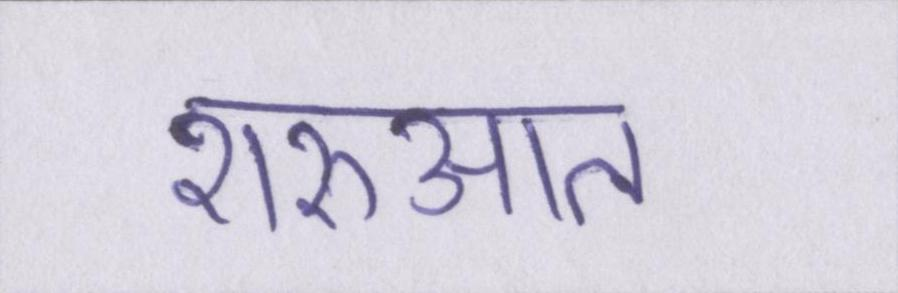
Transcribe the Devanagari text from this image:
शरुआत